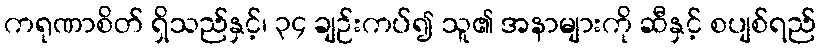
ကရုဏာစိတ် ရှိသည်နှင့်၊ ၃၄ ချဉ်းကပ်၍ သူ၏ အနာများကို ဆီနှင့် စပျစ်ရည်